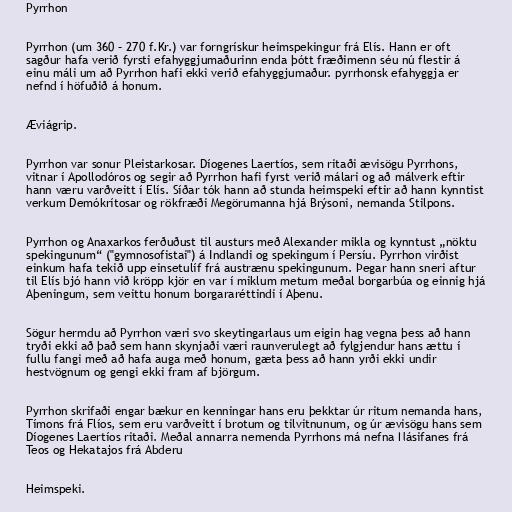
Pyrrhon

Pyrrhon (um 360 – 270 f.Kr.) var forngrískur heimspekingur frá Elís. Hann er oft
sagður hafa verið fyrsti efahyggjumaðurinn enda þótt fræðimenn séu nú flestir á
einu máli um að Pyrrhon hafi ekki verið efahyggjumaður. pyrrhonsk efahyggja er
nefnd í höfuðið á honum.

Æviágrip.

Pyrrhon var sonur Pleistarkosar. Díogenes Laertíos, sem ritaði ævisögu Pyrrhons,
vitnar í Apollodóros og segir að Pyrrhon hafi fyrst verið málari og að málverk eftir
hann væru varðveitt í Elís. Síðar tók hann að stunda heimspeki eftir að hann kynntist
verkum Demókrítosar og rökfræði Megörumanna hjá Brýsoni, nemanda Stilpons.

Pyrrhon og Anaxarkos ferðuðust til austurs með Alexander mikla og kynntust „nöktu
spekingunum“ ("gymnosofistai") á Indlandi og spekingum í Persíu. Pyrrhon virðist
einkum hafa tekið upp einsetulíf frá austrænu spekingunum. Þegar hann sneri aftur
til Elís bjó hann við kröpp kjör en var í miklum metum meðal borgarbúa og einnig hjá
Aþeningum, sem veittu honum borgararéttindi í Aþenu.

Sögur hermdu að Pyrrhon væri svo skeytingarlaus um eigin hag vegna þess að hann
tryði ekki að það sem hann skynjaði væri raunverulegt að fylgjendur hans ættu í
fullu fangi með að hafa auga með honum, gæta þess að hann yrði ekki undir
hestvögnum og gengi ekki fram af björgum.

Pyrrhon skrifaði engar bækur en kenningar hans eru þekktar úr ritum nemanda hans,
Tímons frá Flíos, sem eru varðveitt í brotum og tilvitnunum, og úr ævisögu hans sem
Díogenes Laertíos ritaði. Meðal annarra nemenda Pyrrhons má nefna Násifanes frá
Teos og Hekatajos frá Abderu

Heimspeki.